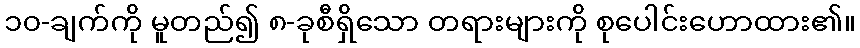
၁၀-ချက်ကို မူတည်၍ ၈-ခုစီရှိသော တရားများကို စုပေါင်းဟောထား၏။